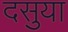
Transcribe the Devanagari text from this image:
दसुया